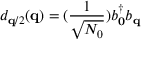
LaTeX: d _ { { \bf { q } } / 2 } ( { \bf { q } } ) = ( \frac { 1 } { \sqrt { N _ { 0 } } } ) b _ { { \bf { 0 } } } ^ { \dagger } b _ { { \bf { q } } }